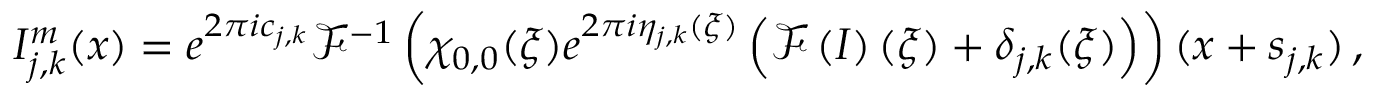
I _ { j , k } ^ { m } ( \boldsymbol { x } ) = e ^ { 2 \pi i c _ { j , k } } \mathcal { F } ^ { - 1 } \left( \chi _ { 0 , 0 } ( \boldsymbol { \xi } ) e ^ { 2 \pi i \eta _ { j , k } ( \boldsymbol { \xi } ) } \left( \mathcal { F } \left( I \right) ( \boldsymbol { \xi } ) + \delta _ { j , k } ( \boldsymbol { \xi } ) \right) \right) ( \boldsymbol { x } + \boldsymbol { s } _ { j , k } ) \, ,